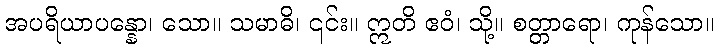
အပရိယာပန္နော၊ သော။ သမာဓိ၊ ၎င်း။ ဣတိ ဧဝံ၊ သို့။ စတ္တာရော၊ ကုန်သော။